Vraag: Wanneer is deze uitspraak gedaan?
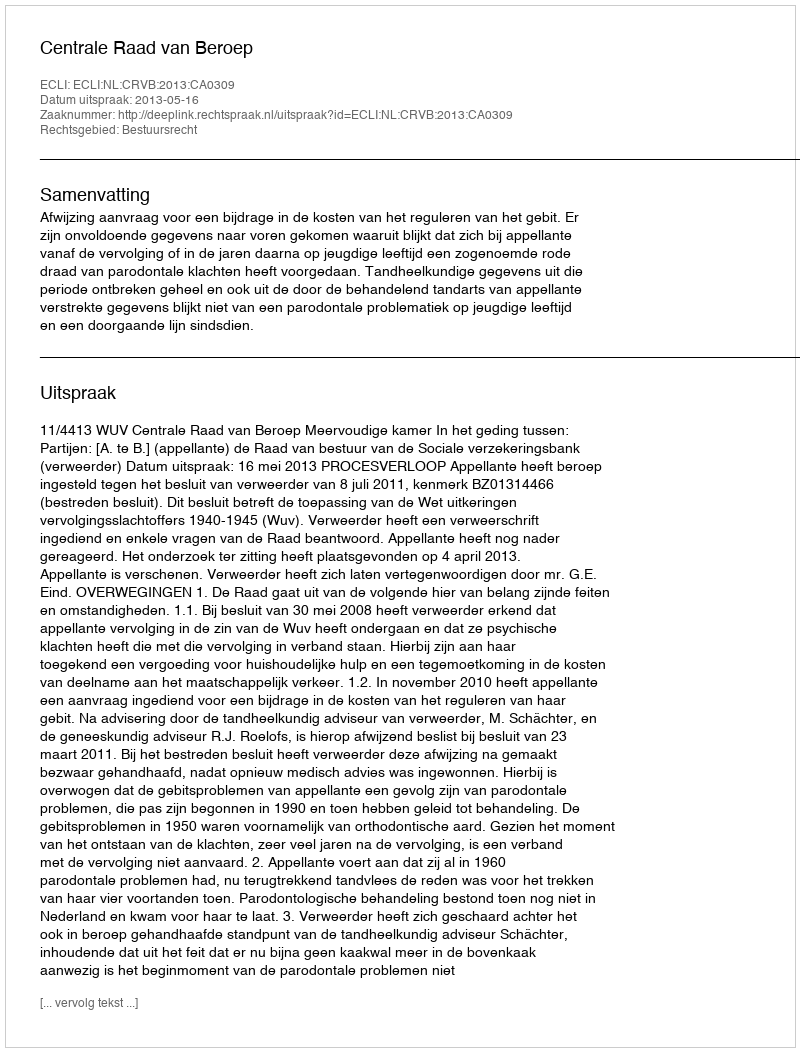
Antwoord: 2013-05-16